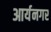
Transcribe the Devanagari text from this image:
आर्यनगर